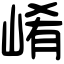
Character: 崤